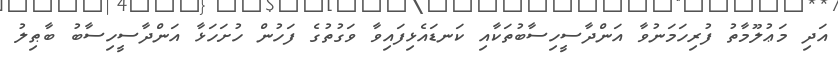
އަދި މަޢުލޫމާތު ފުރިހަމަނުވާ އަންދާސީހިސާބުތަކާއި ކަނޑައެޅިފައިވާ ވަގުތުގެ ފަހުން ހުށަހަޅާ އަންދާސީހިސާބު ބާޠިލު